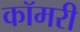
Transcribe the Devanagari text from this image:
कॉमरी